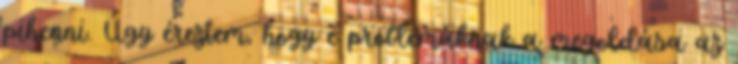
pihenni. Úgy éreztem, hogy e problémáknak a megoldása az